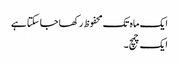
ایک ماہ تک محفوظ رکھا جا سکتا ہے
ایک چمچ۔